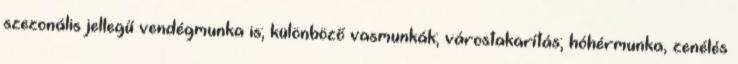
szezonális jellegű vendégmunka is; különböző vasmunkák; várostakarítás; hóhérmunka, zenélés